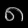
Digit: ၈